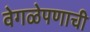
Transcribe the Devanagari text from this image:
वेगळेपणाची